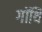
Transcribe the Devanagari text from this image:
गॉथि